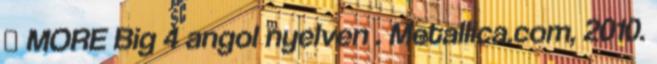
↑ MORE Big 4 angol nyelven . Metallica.com, 2010.